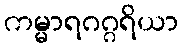
ကမ္မာရဂဂ္ဂရိယာ